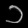
Digit: ၁